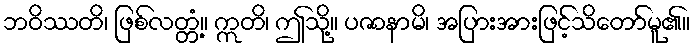
ဘဝိဿတိ၊ ဖြစ်လတ္တံ့။ ဣတိ၊ ဤသို့။ ပဇာနာမိ၊ အပြားအားဖြင့်သိတော်မူ၏။